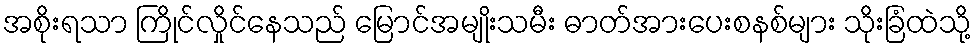
အစိုးရသာ ကြိုင်လှိုင်နေသည် မြောင်အမျိုးသမီး ဓာတ်အားပေးစနစ်များ သိုးခြံထဲသို့